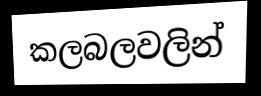
කලබලවලින්